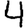
Digit: 4